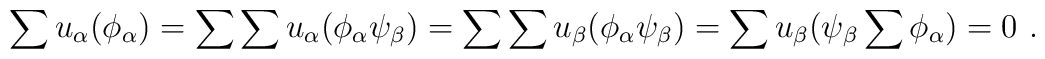
\sum u_{\alpha}(\phi_{\alpha})=\sum \sum u_{\alpha}(\phi_{\alpha}\psi_{\beta})= \sum \sum u_{\beta}(\phi_{\alpha}\psi_{\beta})=\sum u_{\beta}(\psi_{\beta} \sum \phi_{\alpha})=0\,\,.